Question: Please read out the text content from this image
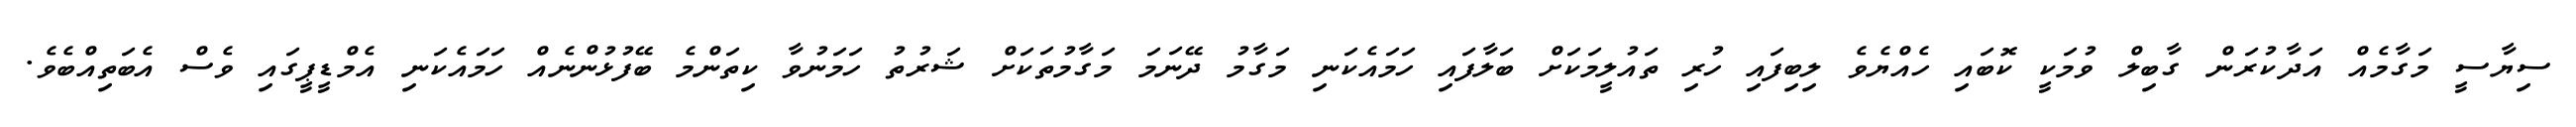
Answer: ސިޔާސީ މަގާމެއް އަދާކުރަން ގާބިލް ވުމަކީ ކޮބައި ހެއްޔެވެ ލިބިފައި ހުރި ތައުލީމަކަށް ބަލާފައި ހަމައެކަނި މަގާމު ދޭނަމަ މަގާމުތަކަށް ޝަރުތު ހަމަނުވާ ކިތަންމެ ބޭފުޅުންނެއް ހަމައެކަނި އެމްޑީޕީގައި ވެސް އެބަތިއްބެވެ.